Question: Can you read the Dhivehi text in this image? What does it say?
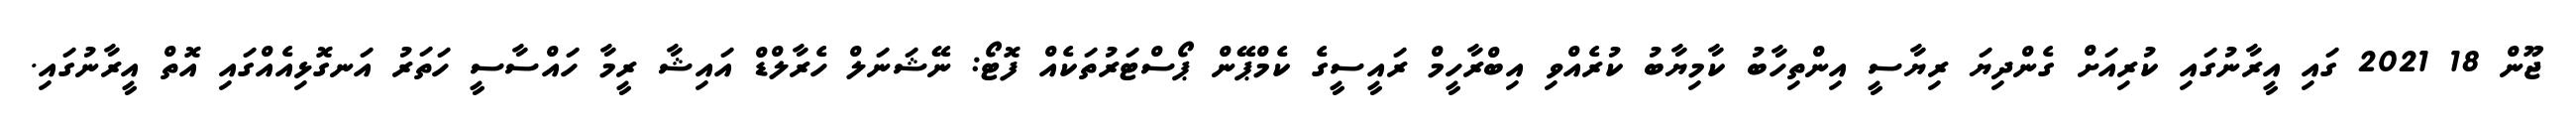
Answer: ޖޫން 18 2021 ގައި އީރާނުގައި ކުރިއަށް ގެންދިޔަ ރިޔާސީ އިންތިހާބު ކާމިޔާބު ކުރެއްވި އިބްރާހީމް ރައީސީގެ ކެމްޕޭން ޕޯސްޓަރުތަކެއް ފޮޓޯ: ނޭޝަނަލް ހެރާލްޑް އައިޝާ ރީމާ ހައްސާސީ ހަތަރު އަނގޮޅިއެއްގައި އޮތް އީރާނުގައި.